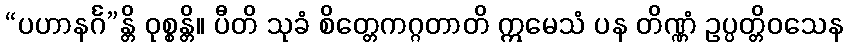
“ပဟာနင်္ဂ”န္တိ ဝုစ္စန္တိ။ ပီတိ သုခံ စိတ္တေကဂ္ဂတာတိ ဣမေသံ ပန တိဏ္ဏံ ဥပ္ပတ္တိဝသေန